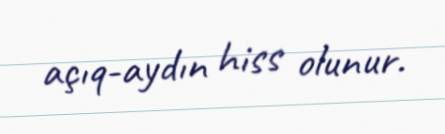
açıq-aydın hiss olunur.